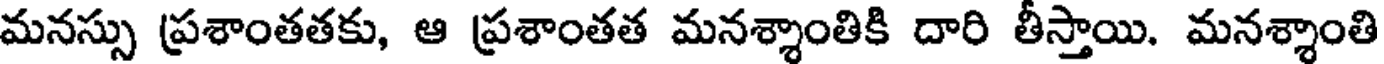
మనస్సు ప్రశాంతతకు, ఆ ప్రశాంతత మనశ్శాంతికి దారి తీస్తాయి. మనశ్శాంతి